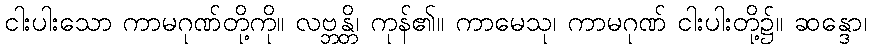
ငါးပါးသော ကာမဂုဏ်တို့ကို။ လဗ္ဘန္တိ၊ ကုန်၏။ ကာမေသု၊ ကာမဂုဏ် ငါးပါးတို့၌။ ဆန္ဒော၊